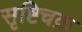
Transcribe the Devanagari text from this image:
सृष्टिचक्र